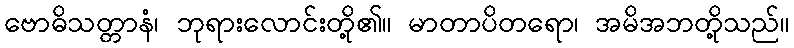
ဗောဓိသတ္တာနံ၊ ဘုရားလောင်းတို့၏။ မာတာပိတရော၊ အမိအဘတို့သည်။